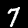
Label: 7